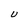
Character: u